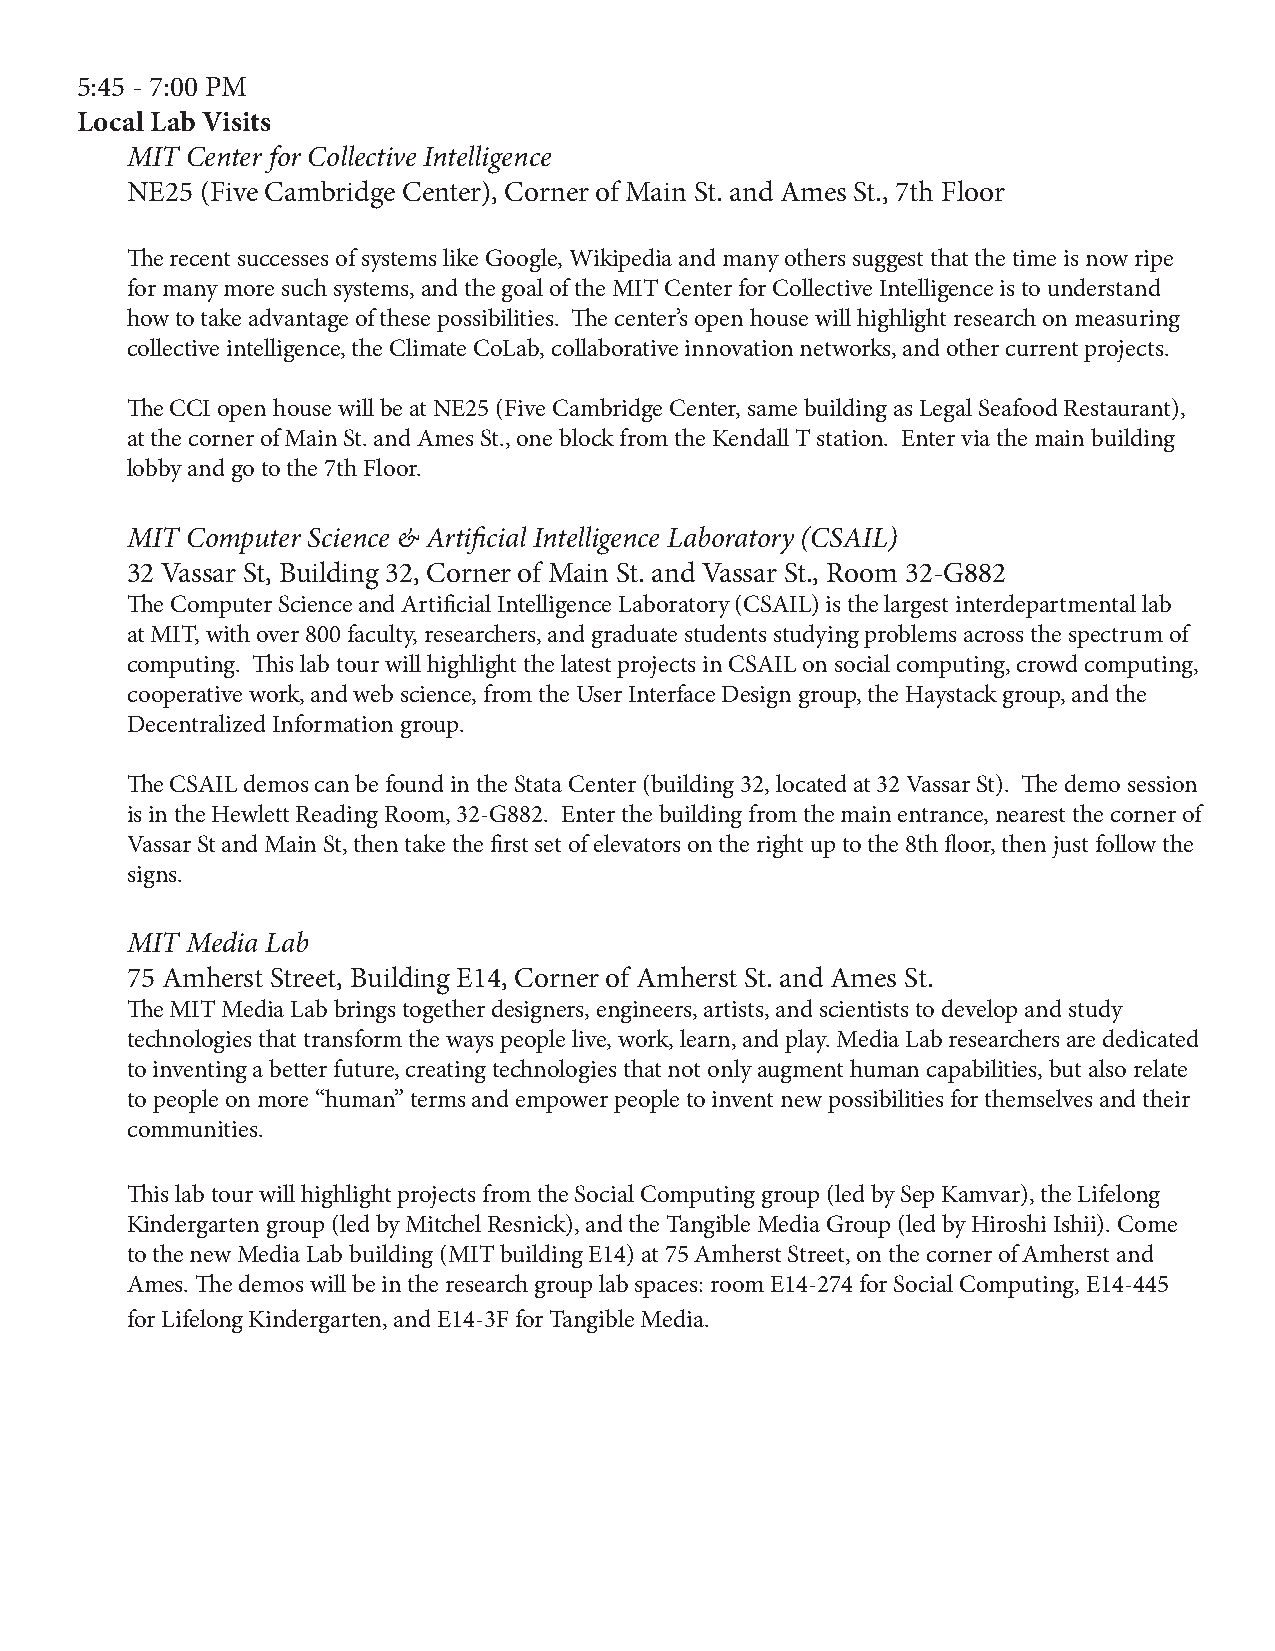
5:45 - 7:00 PM
 Local Lab Visits
 MIT Center for Collective Intelligence
 NE25 (Five Cambridge Center), Corner of Main St. and Ames St., 7th Floor
 The recent successes of systems like Google, Wikipedia and many others suggest that the time is now ripe
 for many more such systems, and the goal of the MIT Center for Collective Intelligence is to understand
 how to take advantage of these possibilities. The center’s open house will highlight research on measuring
 collective intelligence, the Climate CoLab, collaborative innovation networks, and other current projects.
 The CCI open house will be at NE25 (Five Cambridge Center, same building as Legal Seafood Restaurant),
 at the corner of Main St. and Ames St., one block from the Kendall T station. Enter via the main building
 lobby and go to the 7th Floor.
 MIT Computer Science & Artificial Intelligence Laboratory (CSAIL)
 32 Vassar St, Building 32, Corner of Main St. and Vassar St., Room 32-G882
 The Computer Science and Artificial Intelligence Laboratory (CSAIL) is the largest interdepartmental lab
 at MIT, with over 800 faculty, researchers, and graduate students studying problems across the spectrum of
 computing. This lab tour will highlight the latest projects in CSAIL on social computing, crowd computing,
 cooperative work, and web science, from the User Interface Design group, the Haystack group, and the
 Decentralized Information group.
 The CSAIL demos can be found in the Stata Center (building 32, located at 32 Vassar St). The demo session
 is in the Hewlett Reading Room, 32-G882. Enter the building from the main entrance, nearest the corner of
 Vassar St and Main St, then take the first set of elevators on the right up to the 8th floor, then just follow the
 signs.
 MIT Media Lab
 75 Amherst Street, Building E14, Corner of Amherst St. and Ames St.
 The MIT Media Lab brings together designers, engineers, artists, and scientists to develop and study
 technologies that transform the ways people live, work, learn, and play. Media Lab researchers are dedicated
 to inventing a better future, creating technologies that not only augment human capabilities, but also relate
 to people on more “human” terms and empower people to invent new possibilities for themselves and their
 communities.
 This lab tour will highlight projects from the Social Computing group (led by Sep Kamvar), the Lifelong
 Kindergarten group (led by Mitchel Resnick), and the Tangible Media Group (led by Hiroshi Ishii). Come
 to the new Media Lab building (MIT building E14) at 75 Amherst Street, on the corner of Amherst and
 Ames. The demos will be in the research group lab spaces: room E14-274 for Social Computing, E14-445
 for Lifelong Kindergarten, and E14-3F for Tangible Media.